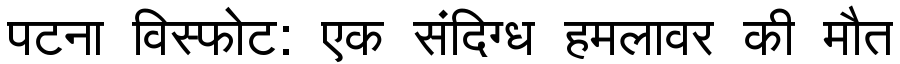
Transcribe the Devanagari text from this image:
पटना विस्फोट: एक संदिग्ध हमलावर की मौत